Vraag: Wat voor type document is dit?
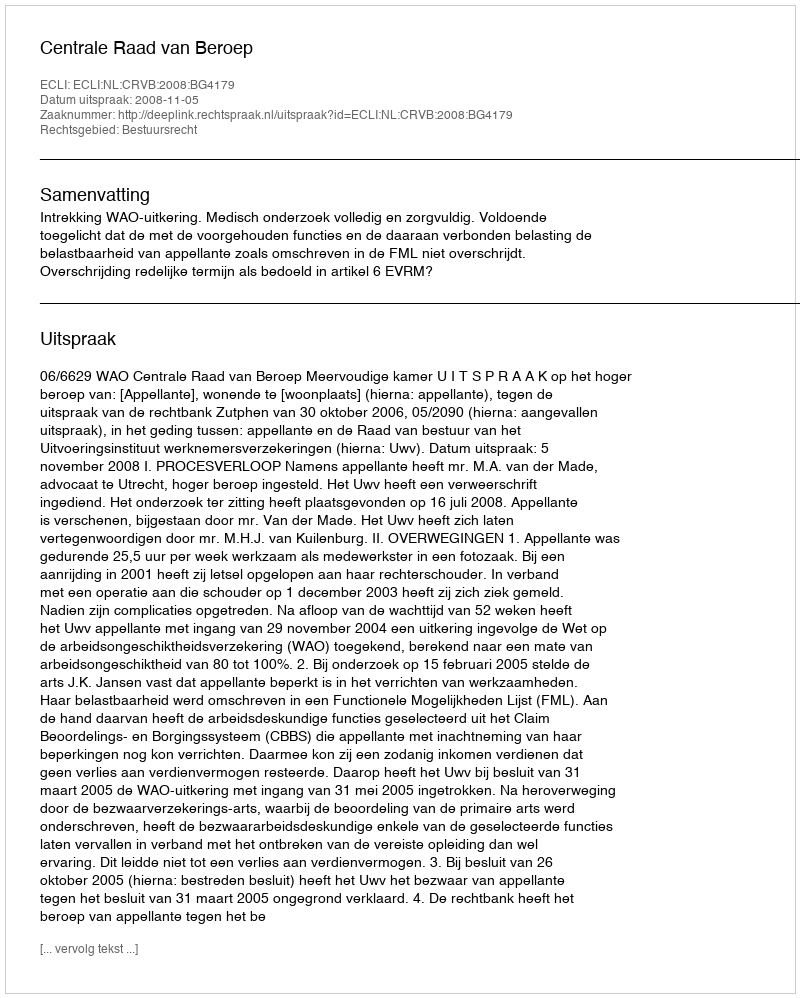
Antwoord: Uitspraak